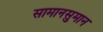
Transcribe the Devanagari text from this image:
सामानसुमान